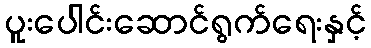
ပူးပေါင်းဆောင်ရွက်ရေးနှင့်